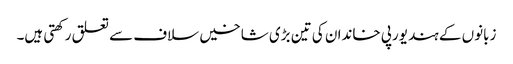
زبانوں کے ہند یورپی خاندان کی تین بڑی شاخیں سلاف سے تعلق رکھتی ہیں۔